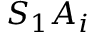
S _ { 1 } A _ { i }